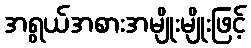
အရွယ်အစားအမျိုးမျိုးဖြင့်